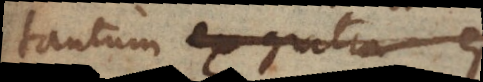
tantum ex gratia est,